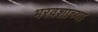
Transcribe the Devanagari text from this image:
भरवशाच्या